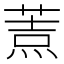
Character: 𦷓